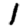
Digit: 1